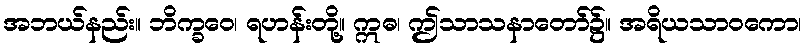
အဘယ်နည်း။ ဘိက္ခဝေ၊ ရဟန်းတို့။ ဣဓ၊ ဤသာသနာတော်၌။ အရိယသာဝကော၊